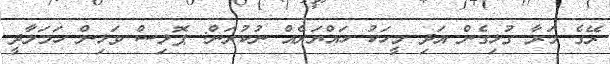
ރޭގެ މަރާ ގުޅިގެން އަދި މީހަކު ހައްޔަރެއް ނުކުރަން: ޕޮލިސް ވަޅިން ހަމަލާދީ